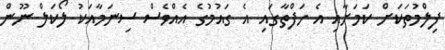
ފިލްމުތަކަށް ކަމަށާއި އެ ހަފްތާގައި އެ ގައުމުގެ އެއްވެސް ސިނަމާއަކު ލޯކަލް ނޫން